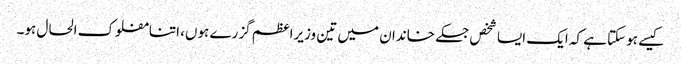
کیسے ہوسکتا ہے کہ ایک ایسا شخص جسکے خاندان میں تین وزیراعظم گزرے ہوں، اتنامفلوک الحال ہو۔